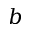
b